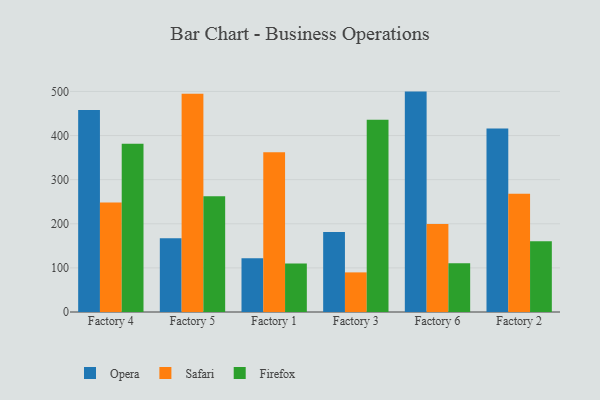
{"axis": {"x": "Factory", "y": "Backlog"}, "legend": ["Firefox", "Opera", "Safari"], "data": [{"x": "Factory 4", "y": 458.2, "type": "Opera"}, {"x": "Factory 4", "y": 248.2, "type": "Safari"}, {"x": "Factory 4", "y": 381.7, "type": "Firefox"}, {"x": "Factory 5", "y": 167.1, "type": "Opera"}, {"x": "Factory 5", "y": 494.6, "type": "Safari"}, {"x": "Factory 5", "y": 262.6, "type": "Firefox"}, {"x": "Factory 1", "y": 122.1, "type": "Opera"}, {"x": "Factory 1", "y": 362.1, "type": "Safari"}, {"x": "Factory 1", "y": 109.9, "type": "Firefox"}, {"x": "Factory 3", "y": 181.3, "type": "Opera"}, {"x": "Factory 3", "y": 89.8, "type": "Safari"}, {"x": "Factory 3", "y": 436.0, "type": "Firefox"}, {"x": "Factory 6", "y": 499.7, "type": "Opera"}, {"x": "Factory 6", "y": 199.3, "type": "Safari"}, {"x": "Factory 6", "y": 110.7, "type": "Firefox"}, {"x": "Factory 2", "y": 416.0, "type": "Opera"}, {"x": "Factory 2", "y": 267.9, "type": "Safari"}, {"x": "Factory 2", "y": 160.5, "type": "Firefox"}]}